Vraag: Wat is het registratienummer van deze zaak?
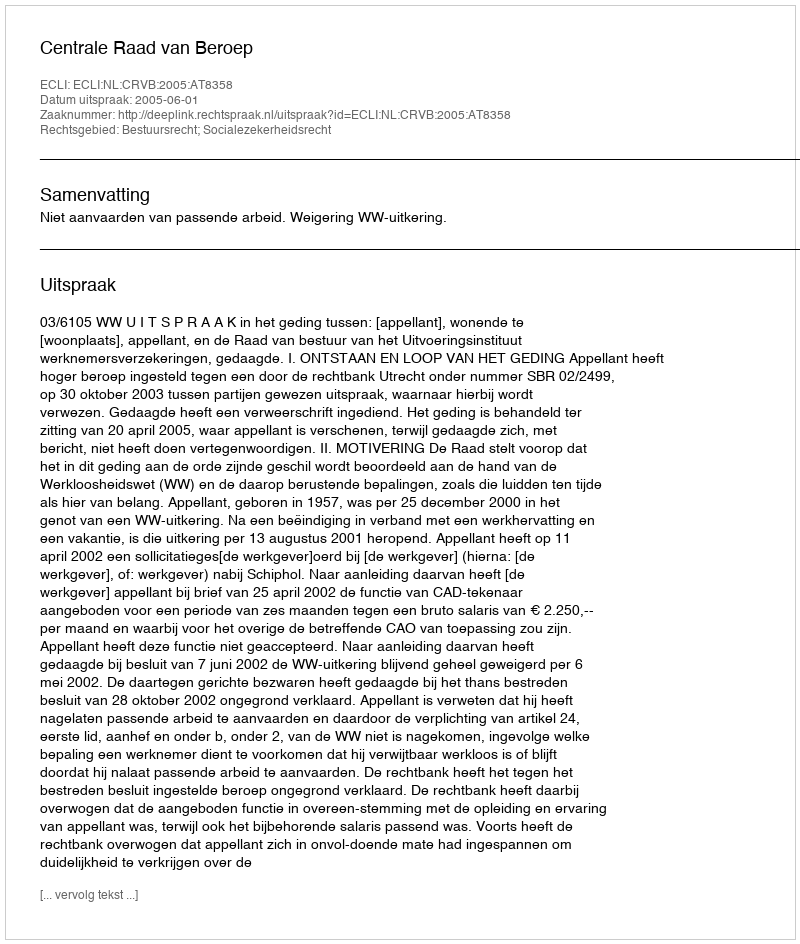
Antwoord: http://deeplink.rechtspraak.nl/uitspraak?id=ECLI:NL:CRVB:2005:AT8358